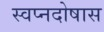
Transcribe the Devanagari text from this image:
स्वप्नदोषास